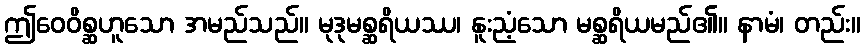
ဤဝေဝိစ္ဆဟူသော အမည်သည်။ မုဒုမစ္ဆရိယဿ၊ နူးညံ့သော မစ္ဆရိယမည်၏။ နာမံ၊ တည်း။